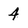
Character: 4